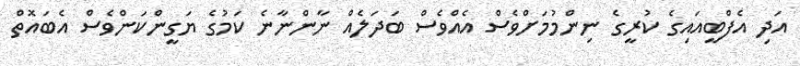
އަދި އެފްބީއައިގެ ކުރީގެ ނިންމުމަށްވެސް އެއްވެސް ބަދަލެއް ނާންނާނެ ކަމުގެ ޔަގީންކަންވެސް އެބައޮތް